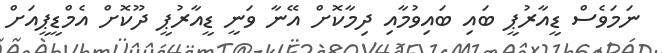
ނަމަވެސް ޑީއާރުޕީ ބައި ބައިވުމާއި ދިމާކޮށް އޭނާ ވަނީ ޑީއާރުޕީ ދޫކޮށް އެމްޑީޕީއަށް